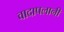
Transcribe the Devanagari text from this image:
वादापलानी